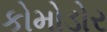
કોમોડોર